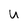
Character: U